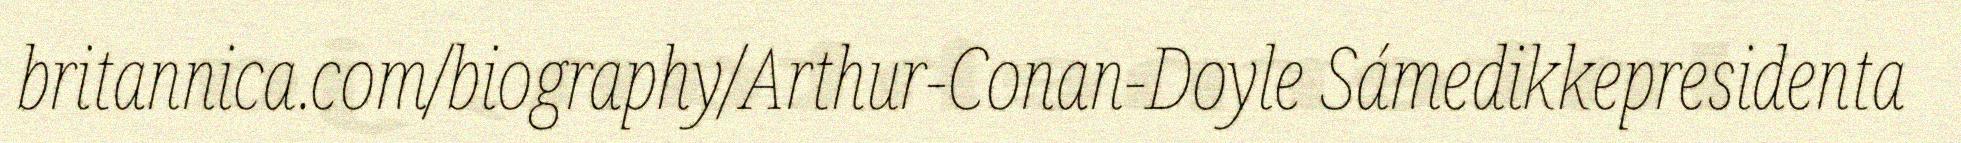
britannica.com/biography/Arthur-Conan-Doyle Sámedikkepresidenta